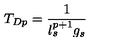
T _ { D p } = \frac { 1 } { l _ { s } ^ { p + 1 } g _ { s } }